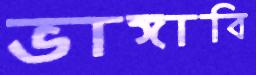
ভাঙ্গাবি